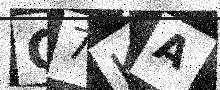
Text: C7KA